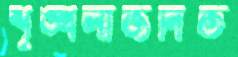
শৃঙ্খলাজনিত